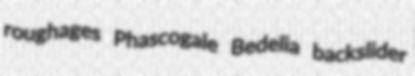
roughages Phascogale Bedelia backslider